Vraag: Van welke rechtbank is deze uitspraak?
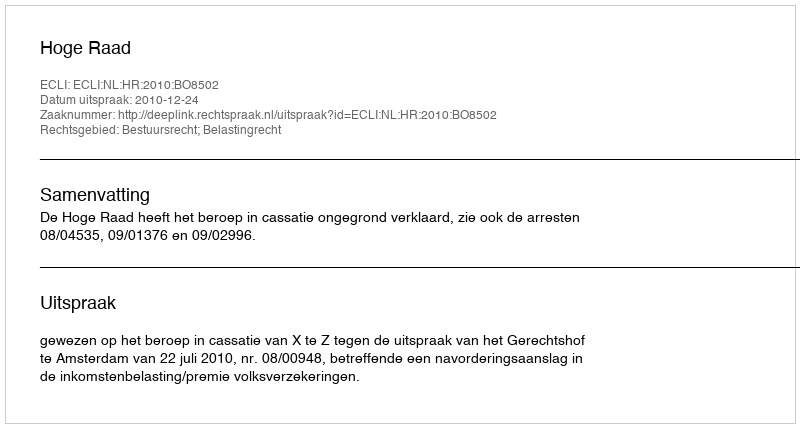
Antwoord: Hoge Raad